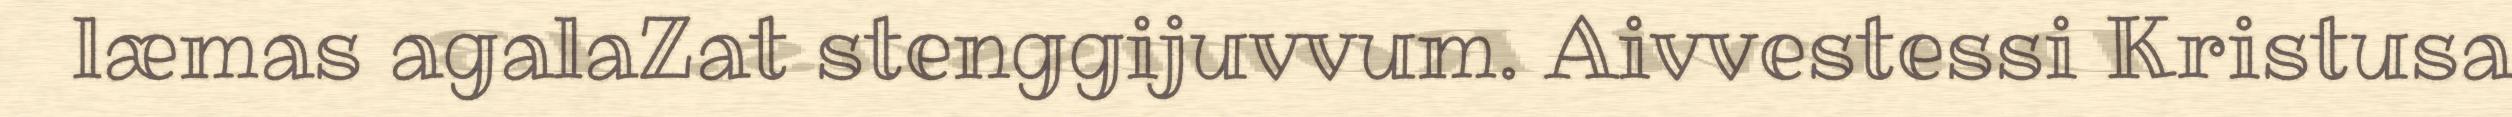
læmas agalaZat stenggijuvvum. Aivvestessi Kristusa